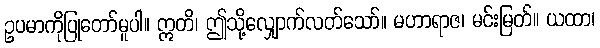
ဥပမာကိုပြုတော်မူပါ။ ဣတိ၊ ဤသို့လျှောက်လတ်သော်။ မဟာရာဇ၊ မင်းမြတ်။ ယထာ၊